Lunatic asylums Central Provinces reports 1910-1926 - 1910-1926
Year: 1910
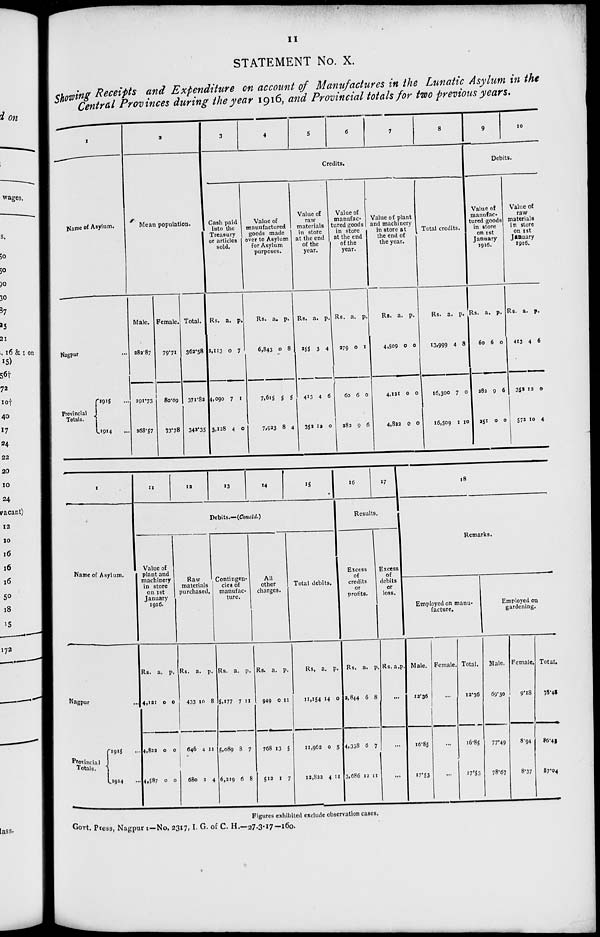
11
STATEMENT No. X.
Showing Receipts and Expenditure on account of Manufactures in the Lunatic Asylum in the
Central Provinces during the year 1916, and Provincial totals for two previous years.
1
Name of Asylum.
Nagpur ...
Provincial
Totals.
1915
...
1914 ...
2
Mean population.
Male.
282.87
291.73
268.57
Female.
79.71
80.09
73.78
Total.
362.58
371.82
342.35
3
4
5
6
7
8
Credits.
Cash paid
into the
Treasury
or articles
sold.
Rs.
2,113
4,090
3,128
a.
0
7
4
p.
7
1
0
Value of
manufactured
goods made
over to Asylum
for Asylum
purposes.
Rs.
6,843
7,615
7,923
a.
0
5
8
p.
8
5
4
Value of
raw
materials
in store
at the end
of the
year.
Rs.
255
413
352
a.
3
4
12
p.
4
6
0
Value of
manufac-
tured goods
in store
at the end
of the
year.
Rs.
279
60
282
a.
0
6
9
p.
1
0
6
Value of plant
and machinery
in store at
the end of
the year.
Rs.
4,509
4,121
4,822
a.
0
0
0
p.
0
0
0
Total credits.
Rs.
13,999
16,300
16,509
a.
4
7
1
p.
8
0
10
9
10
Debits.
Value of
manufac-
tured goods
in store
on 1st
January
1916.
Rs.
60
282
251
a.
6
9
0
p.
0
6
0
Value of
raw
materials
in store
on 1st
January
1916.
Rs.
413
352
572
a.
4
12
10
p.
6
0
4
1
Name of Asylum.
Nagpur
...
Provincial
Totals.
1915
...
1914 ...
11
12
13
14
15
Debits.—(Concld.)
Value of
plant and
machinery
in store
on 1st
January
1916.
Rs.
4,121
4,822
4,587
a.
0
0
0
p.
0
0
0
Raw
materials
purchased.
Rs.
433
646
680
a.
10
4
2
p.
8
11
4
Contingen-
cies of
manufac-
ture.
Rs.
5,177
5,089
6,219
a.
7
8
6
p.
11
7
8
All
other
charges.
Rs.
949
768
512
a.
0
13
1
p.
11
5
7
Total debits.
Rs.
11,154
11,962
12,822
a.
14
0
4
p.
0
5
11
16
17
Results.
Excess
of
credits
or
profits.
Rs.
2,844
4,338
3,686
a.
6
6
12
p.
8
7
11
Excess
of
debits
or
loss.
Rs. a. p.
...
...
...
18
Remarks.
Employed on manu-
facture.
Male.
12.36
16.85
17.53
Female.
...
...
...
Total.
12.36
16.85
17.53
Employed on
gardening.
Male.
69.30
77.49
78.67
Female.
9.18
8.94
8.37
Total.
78.48
86.43
87.04
Figures exhibited exclude observation cases.
Govt. Press, Nagpur :—No. 2317, I. G. of C. H.—27-3-17-160.